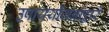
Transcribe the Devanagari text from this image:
उपाययोजनांद्वारे